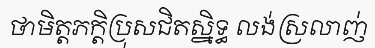
ថាមិត្តភក្តិប្រុសជិតស្និទ្ធ លង់ស្រលាញ់